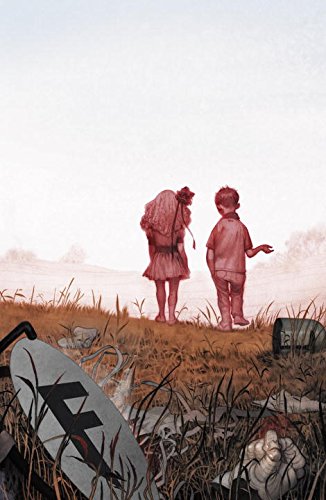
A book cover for Fables: The Deluxe Edition Book Twelve; Bill Willingham; Comics & Graphic Novels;